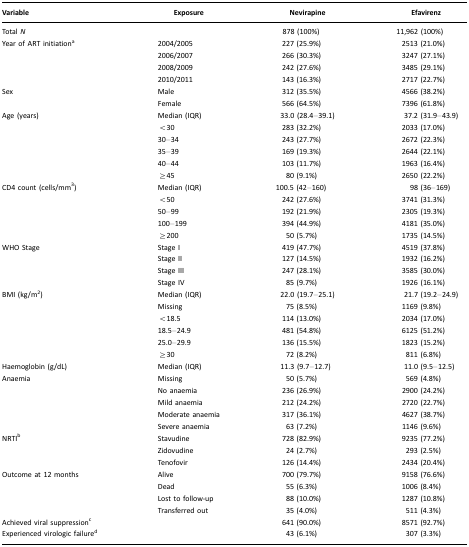
<table><thead><tr><td><b>Variable</b></td><td><b>Exposure</b></td><td><b>Nevirapine</b></td><td><b>Efavirenz</b></td></tr></thead><tbody><tr><td>Total <i>N</i></td><td></td><td>878 (100%)</td><td>11,962 (100%)</td></tr><tr><td>Year of ART initiationa</td><td>2004/2005</td><td>227 (25.9%)</td><td>2513 (21.0%)</td></tr><tr><td></td><td>2006/2007</td><td>266 (30.3%)</td><td>3247 (27.1%)</td></tr><tr><td></td><td>2008/2009</td><td>242 (27.6%)</td><td>3485 (29.1%)</td></tr><tr><td></td><td>2010/2011</td><td>143 (16.3%)</td><td>2717 (22.7%)</td></tr><tr><td>Sex</td><td>Male</td><td>312 (35.5%)</td><td>4566 (38.2%)</td></tr><tr><td></td><td>Female</td><td>566 (64.5%)</td><td>7396 (61.8%)</td></tr><tr><td>Age (years)</td><td>Median (IQR)</td><td>33.0 (28.4–39.1)</td><td>37.2 (31.9–43.9)</td></tr><tr><td></td><td>&lt;30</td><td>283 (32.2%)</td><td>2033 (17.0%)</td></tr><tr><td></td><td>30–34</td><td>243 (27.7%)</td><td>2672 (22.3%)</td></tr><tr><td></td><td>35–39</td><td>169 (19.3%)</td><td>2644 (22.1%)</td></tr><tr><td></td><td>40–44</td><td>103 (11.7%)</td><td>1963 (16.4%)</td></tr><tr><td></td><td>≥45</td><td>80 (9.1%)</td><td>2650 (22.2%)</td></tr><tr><td>CD4 count (cells/mm<sup>3</sup>)</td><td>Median (IQR)</td><td>100.5 (42–160)</td><td>98 (36–169)</td></tr><tr><td></td><td>&lt;50</td><td>242 (27.6%)</td><td>3741 (31.3%)</td></tr><tr><td></td><td>50–99</td><td>192 (21.9%)</td><td>2305 (19.3%)</td></tr><tr><td></td><td>100–199</td><td>394 (44.9%)</td><td>4181 (35.0%)</td></tr><tr><td></td><td>≥200</td><td>50 (5.7%)</td><td>1735 (14.5%)</td></tr><tr><td>WHO Stage</td><td>Stage I</td><td>419 (47.7%)</td><td>4519 (37.8%)</td></tr><tr><td></td><td>Stage II</td><td>127 (14.5%)</td><td>1932 (16.2%)</td></tr><tr><td></td><td>Stage III</td><td>247 (28.1%)</td><td>3585 (30.0%)</td></tr><tr><td></td><td>Stage IV</td><td>85 (9.7%)</td><td>1926 (16.1%)</td></tr><tr><td>BMI (kg/m<sup>2</sup>)</td><td>Median (IQR)</td><td>22.0 (19.7–25.1)</td><td>21.7 (19.2–24.9)</td></tr><tr><td></td><td>Missing</td><td>75 (8.5%)</td><td>1169 (9.8%)</td></tr><tr><td></td><td>&lt;18.5</td><td>114 (13.0%)</td><td>2034 (17.0%)</td></tr><tr><td></td><td>18.5–24.9</td><td>481 (54.8%)</td><td>6125 (51.2%)</td></tr><tr><td></td><td>25.0–29.9</td><td>136 (15.5%)</td><td>1823 (15.2%)</td></tr><tr><td></td><td>≥30</td><td>72 (8.2%)</td><td>811 (6.8%)</td></tr><tr><td>Haemoglobin (g/dL)</td><td>Median (IQR)</td><td>11.3 (9.7–12.7)</td><td>11.0 (9.5–12.5)</td></tr><tr><td>Anaemia</td><td>Missing</td><td>50 (5.7%)</td><td>569 (4.8%)</td></tr><tr><td></td><td>No anaemia</td><td>236 (26.9%)</td><td>2900 (24.2%)</td></tr><tr><td></td><td>Mild anaemia</td><td>212 (24.2%)</td><td>2720 (22.7%)</td></tr><tr><td></td><td>Moderate anaemia</td><td>317 (36.1%)</td><td>4627 (38.7%)</td></tr><tr><td></td><td>Severe anaemia</td><td>63 (7.2%)</td><td>1146 (9.6%)</td></tr><tr><td>NRTIb</td><td>Stavudine</td><td>728 (82.9%)</td><td>9235 (77.2%)</td></tr><tr><td></td><td>Zidovudine</td><td>24 (2.7%)</td><td>293 (2.5%)</td></tr><tr><td></td><td>Tenofovir</td><td>126 (14.4%)</td><td>2434 (20.4%)</td></tr><tr><td>Outcome at 12 months</td><td>Alive</td><td>700 (79.7%)</td><td>9158 (76.6%)</td></tr><tr><td></td><td>Dead</td><td>55 (6.3%)</td><td>1006 (8.4%)</td></tr><tr><td></td><td>Lost to follow-up</td><td>88 (10.0%)</td><td>1287 (10.8%)</td></tr><tr><td></td><td>Transferred out</td><td>35 (4.0%)</td><td>511 (4.3%)</td></tr><tr><td>Achieved viral suppressionc</td><td></td><td>641 (90.0%)</td><td>8571 (92.7%)</td></tr><tr><td>Experienced virologic failured</td><td></td><td>43 (6.1%)</td><td>307 (3.3%)</td></tr></tbody></table>